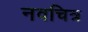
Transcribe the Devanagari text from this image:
नवचित्र